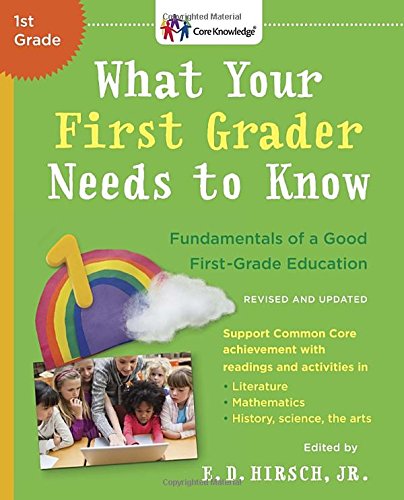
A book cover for What Your First Grader Needs to Know (Revised and Updated): Fundamentals of a Good First-Grade Education (Core Knowledge Series); E.D. Hirsch Jr.; Education & Teaching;